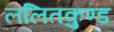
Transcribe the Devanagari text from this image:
ललितकुण्ड